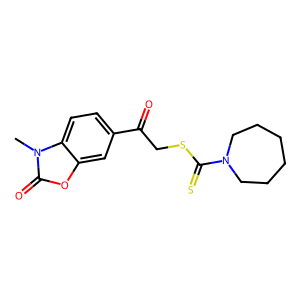
SMILES: Cn1c(=O)oc2cc(C(=O)CSC(=S)N3CCCCCC3)ccc21
Inhibits HIV replication: No